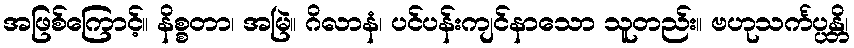
အဖြစ်ကြောင့်။ နိစ္စတာ၊ အမြဲ။ ဂိလာနံ၊ ပင်ပန်းကျင်နာသော သူတည်း။ ဗဟုသင်္ကပ္ပန္တိ၊